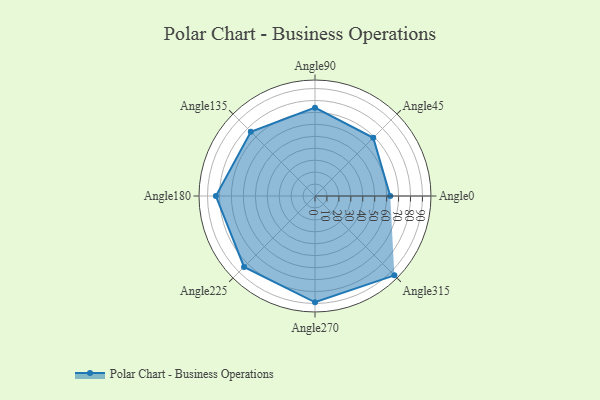
{"axis": {"x": "Angle", "y": "Radius"}, "legend": [""], "data": [{"x": "Angle0", "y": 63.0, "type": ""}, {"x": "Angle45", "y": 69.0, "type": ""}, {"x": "Angle90", "y": 74.0, "type": ""}, {"x": "Angle135", "y": 76.0, "type": ""}, {"x": "Angle180", "y": 83.0, "type": ""}, {"x": "Angle225", "y": 84.0, "type": ""}, {"x": "Angle270", "y": 89.0, "type": ""}, {"x": "Angle315", "y": 94.0, "type": ""}]}